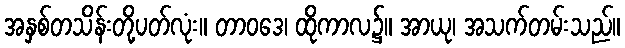
အနှစ်တသိန်းတို့ပတ်လုံး။ တာဝဒေ၊ ထိုကာလ၌။ အာယု၊ အသက်တမ်းသည်။